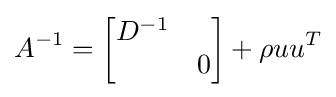
A^{-1}={\begin{bmatrix}D^{-1}&\\&0\end{bmatrix}}+\rho uu^{T}